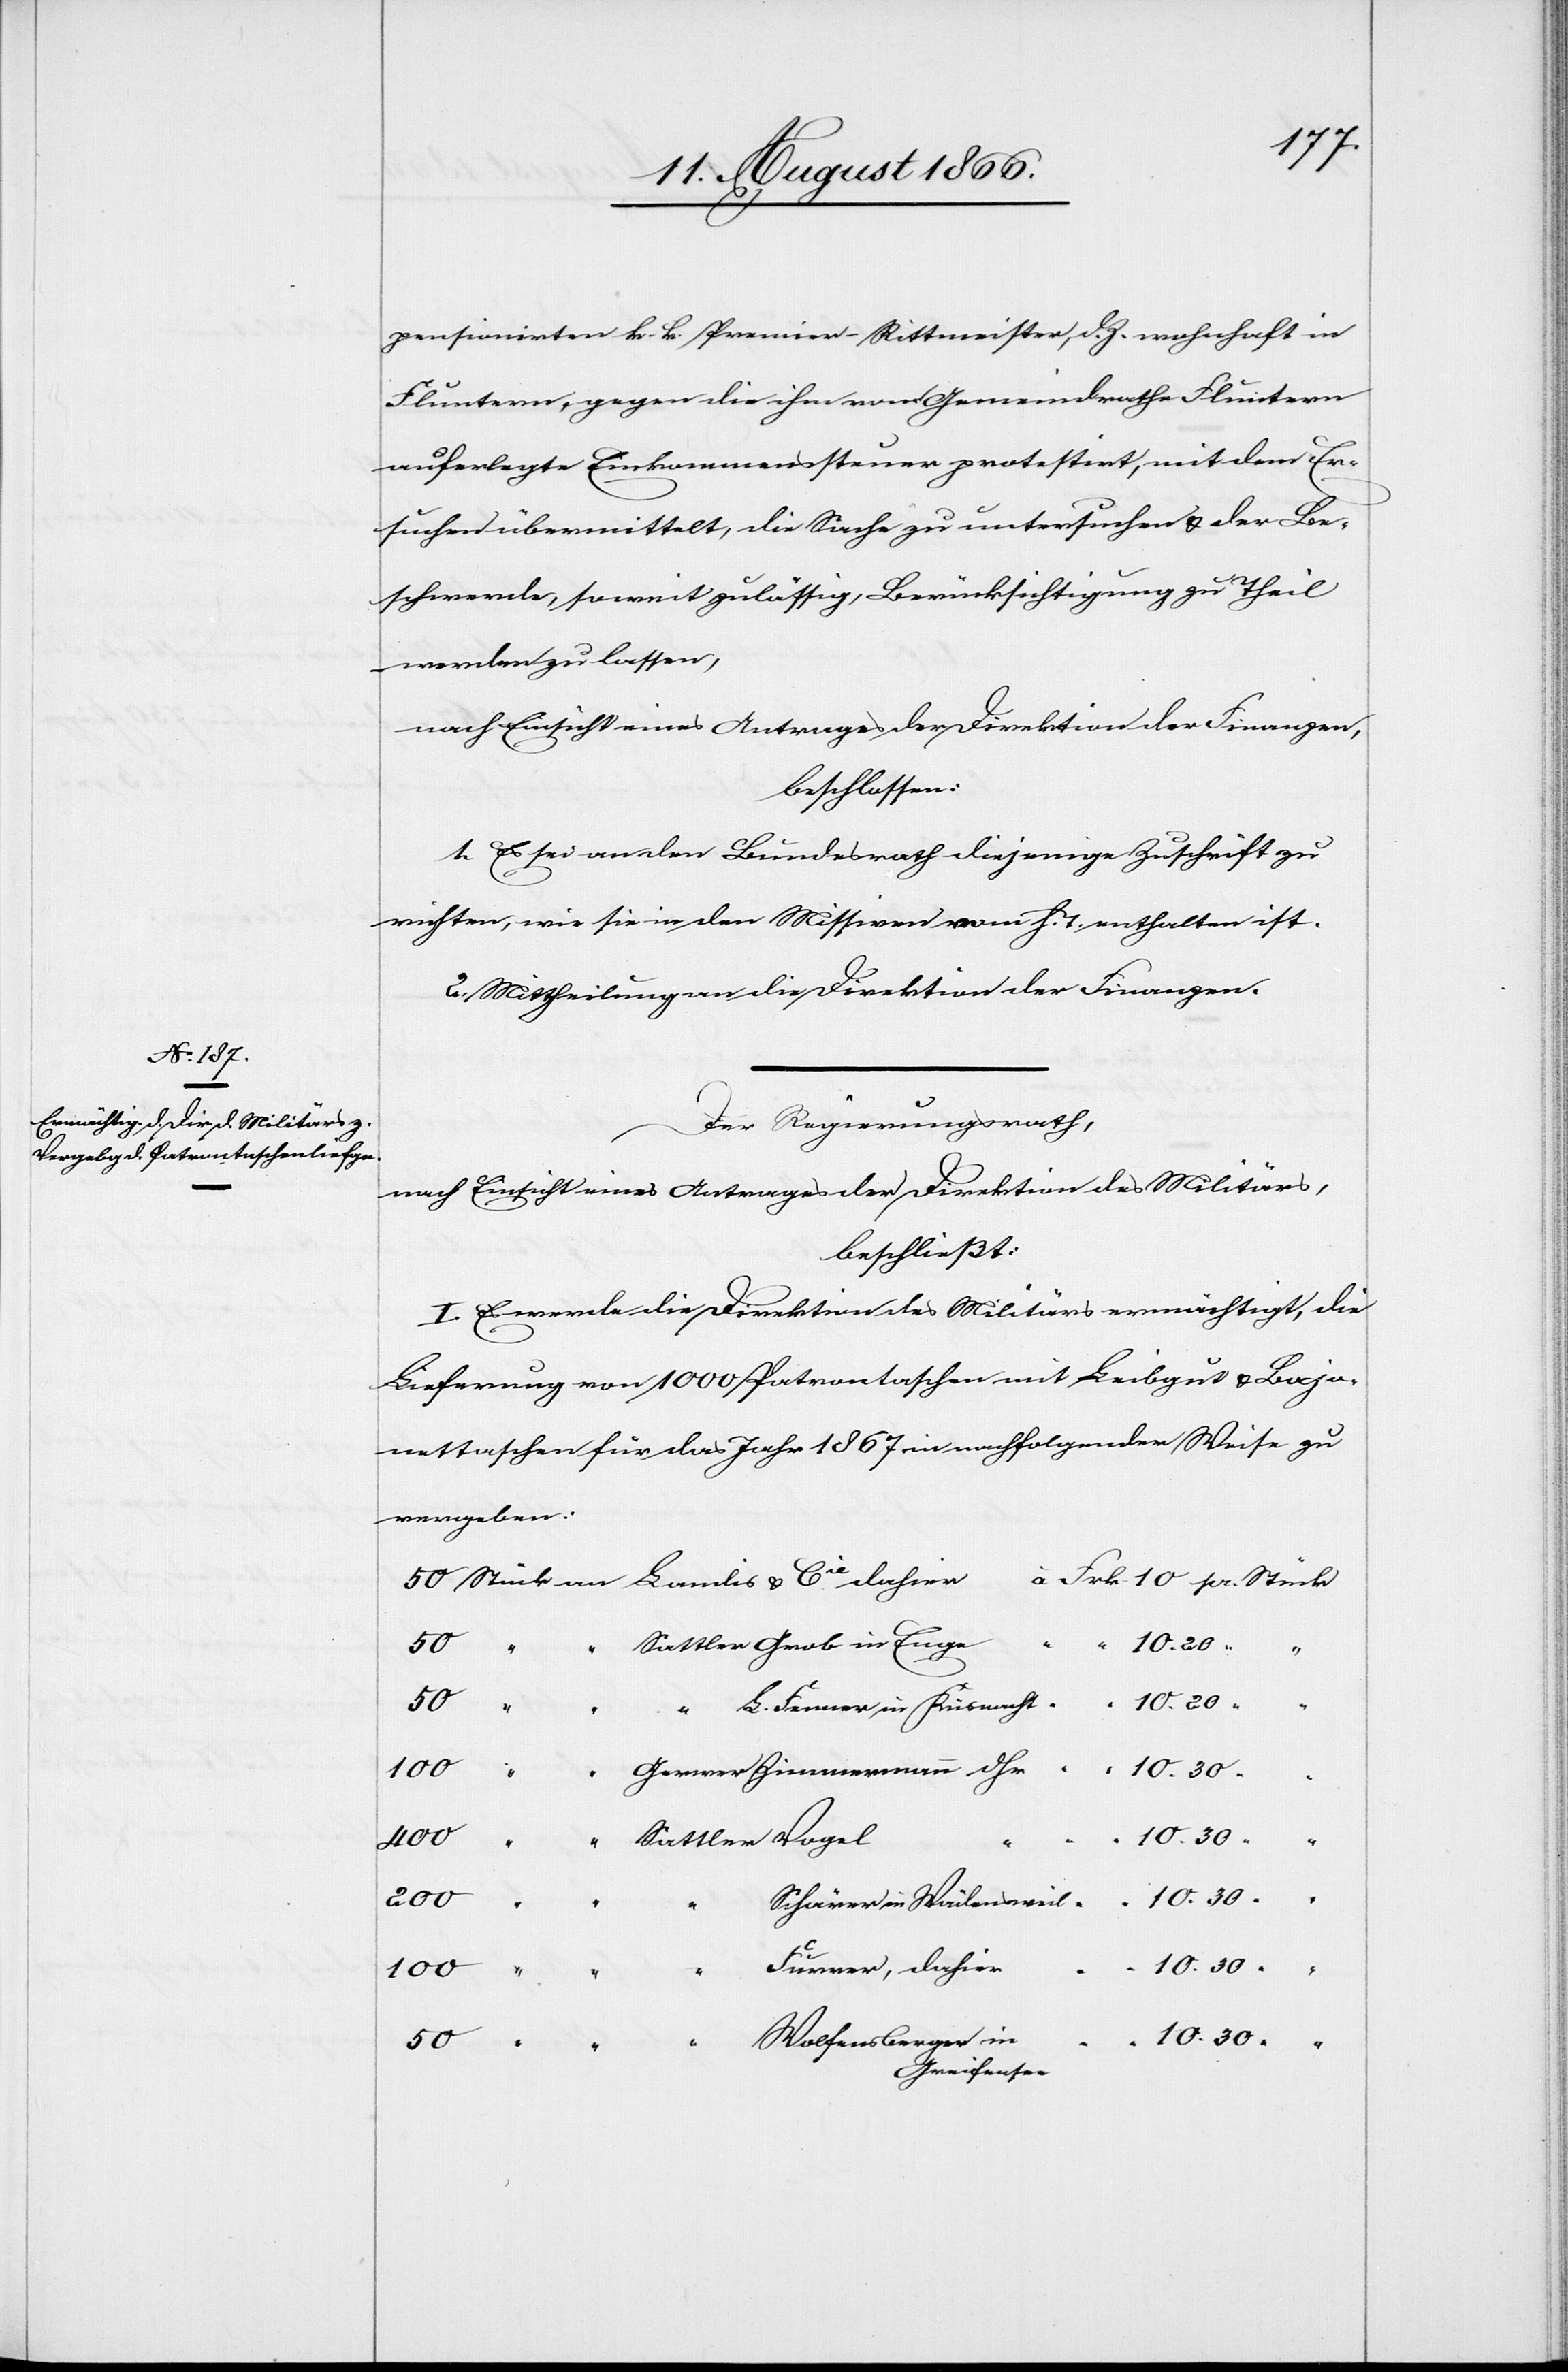
pensionirter k. k. Premier-Rittmeister. d. Z. wohnhaft in
Fluntern, gegen die ihm vom Gemeindrathe Fluntern
auferlegte Einkommenssteuer protestirt, mit dem Er¬
suchen übermittelt, die Sache zu untersuchen u. der Be¬
schwerde, soweit zulässig, Berücksichtigung zu Theil
werden zu lassen,
nach Einsicht eines Antrages der Direktion der Finanzen,
beschlossen:
1. Es sei an den Bundesrath diejenige Zuschrift zu
richten, wie sie in den Missiven vom h. T. enthalten ist.
2. Mittheilung an die Direktion der Finanzen.
Der Regierungsrath,
nach Einsicht eines Antrages der Direktion des Militärs,
beschließt:
I. Es werde die Direktion des Militärs ermächtigt, die
Lieferung von 1000 Patrontaschen mit Leibgut u. Bajo¬
nettaschen für das Jahr 1867 in nachfolgender Wiese zu
vergeben:
10.30
50
dahier
“
in
100
Wolfensberger
400
Greifensee